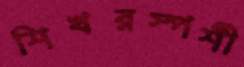
শিখরস্পর্শী